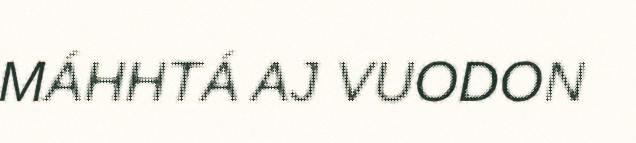
MÁHHTÁ AJ VUODON